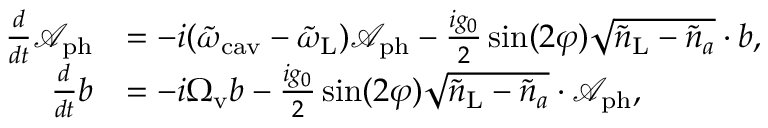
\begin{array} { r l r } { \frac { d } { d t } \mathcal { A } _ { \mathrm { p h } } } & { = - i ( \tilde { \omega } _ { \mathrm { c a v } } - \tilde { \omega } _ { \mathrm { L } } ) \mathcal { A } _ { \mathrm { p h } } - \frac { i g _ { 0 } } { 2 } \sin ( 2 \varphi ) \sqrt { \tilde { n } _ { \mathrm { L } } - { \tilde { n } _ { a } } } \cdot b , } & \\ { \frac { d } { d t } b } & { = - i \Omega _ { \mathrm { v } } b - \frac { i g _ { 0 } } { 2 } \sin ( 2 \varphi ) \sqrt { \tilde { n } _ { \mathrm { L } } - { \tilde { n } _ { a } } } \cdot \mathcal { A } _ { \mathrm { p h } } , } & \end{array}